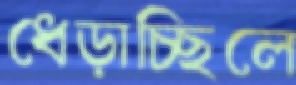
ধেড়াচ্ছিলে